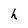
Character: h